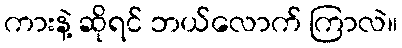
ကားနဲ့ ဆိုရင် ဘယ်လောက် ကြာလဲ။